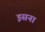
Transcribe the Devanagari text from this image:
इसना